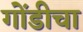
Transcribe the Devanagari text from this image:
गोंडीचा